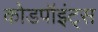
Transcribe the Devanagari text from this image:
कोडपॉइंट्स